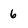
Character: 6